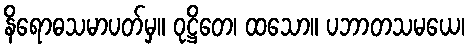
နိရောဓသမာပတ်မှ။ ဝုဋ္ဌိတေ၊ ထသော။ ပဘာတသမယေ၊